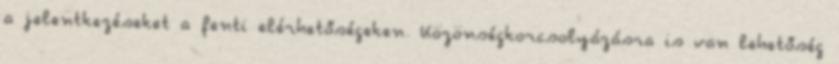
a jelentkezéseket a fenti elérhetőségeken. Közönségkorcsolyázásra is van lehetőség